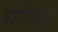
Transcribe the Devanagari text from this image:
मानिबदू